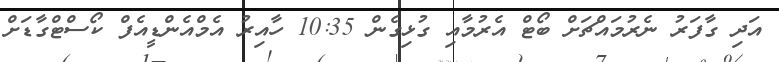
އަދި ގާފަރު ނެރުމައްޗަށް ބޯޓް އެރުމާއި ގުޅިގެން 10:35 ހާއިރު އެމްއެންޑީއެފް ކޯސްޓްގާޑަށް